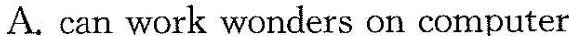
A.can work wonders on computer